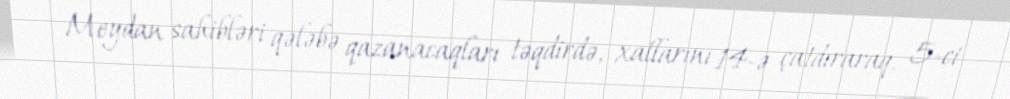
Meydan sahibləri qələbə qazanacaqları təqdirdə, xallarını 14-ə çatdıraraq, 5-ci